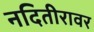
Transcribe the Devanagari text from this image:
नदितीरावर